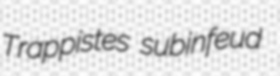
Trappistes subinfeud